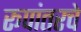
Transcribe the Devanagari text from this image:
रूपांतरचे